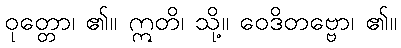
ဝုတ္တော၊ ၏။ ဣတိ၊ သို့။ ဝေဒိတဗ္ဗော၊ ၏။